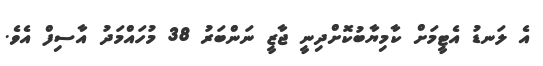
އެ ލަނޑު އެޓީމަށް ކާމިޔާބުކޮށްދިނީ ޖާޒީ ނަންބަރު 38 މުހައްމަދު އާސިފް އެވެ.